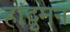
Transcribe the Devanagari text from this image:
हांदुमन